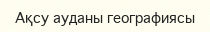
Ақсу ауданы географиясы